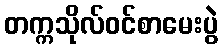
တက္ကသိုလ်ဝင်စာမေးပွဲ